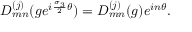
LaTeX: D _ { m n } ^ { ( j ) } ( g e ^ { i { \frac { { \sigma } _ { 3 } } { 2 } } { \theta } } ) = D _ { m n } ^ { ( j ) } ( g ) e ^ { i n { \theta } } .